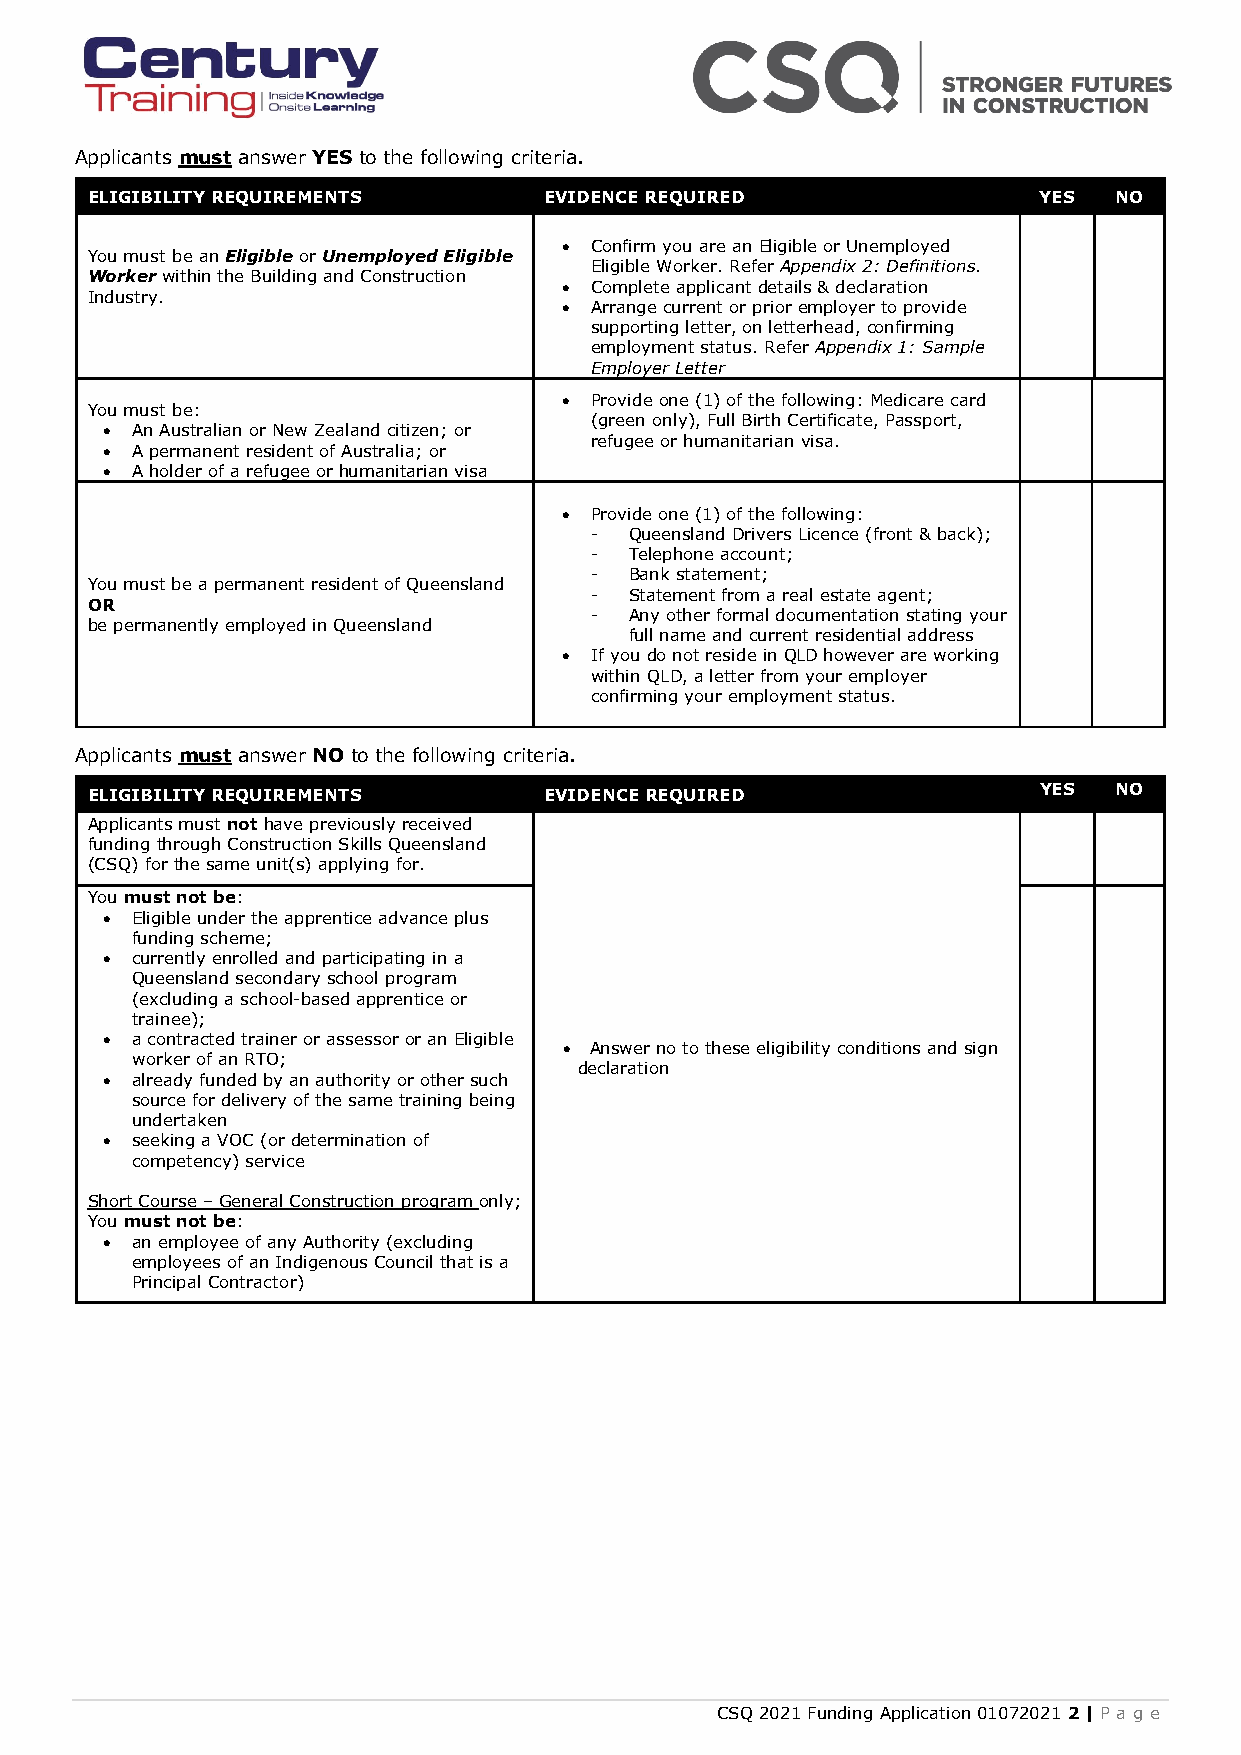
Applicants must answer YES to the following criteria.
 ELIGIBILITY REQUIREMENTS      EVIDENCE REQUIRED                YES  NO
 • Confirm you are an Eligible or Unemployed
 You must be an Eligible or Unemployed Eligible
 Eligible Worker. Refer Appendix 2: Definitions.
 Worker within the Building and Construction
 • Complete applicant details & declaration
 Industry.
 • Arrange current or prior employer to provide
 supporting letter, on letterhead, confirming
 employment status. Refer Appendix 1: Sample
 Employer Letter
 • Provide one (1) of the following: Medicare card
 You must be:
 (green only), Full Birth Certificate, Passport,
 • An Australian or New Zealand citizen; or
 refugee or humanitarian visa.
 • A permanent resident of Australia; or
 • A holder of a refugee or humanitarian visa
 • Provide one (1) of the following:
 -  Queensland Drivers Licence (front & back);
 -  Telephone account;
 -  Bank statement;
 You must be a permanent resident of Queensland
 -  Statement from a real estate agent;
 OR
 -  Any other formal documentation stating your
 be permanently employed in Queensland
 full name and current residential address
 • If you do not reside in QLD however are working
 within QLD, a letter from your employer
 confirming your employment status.
 Applicants must answer NO to the following criteria.
 YES  NO
 ELIGIBILITY REQUIREMENTS      EVIDENCE REQUIRED
 Applicants must not have previously received
 funding through Construction Skills Queensland
 (CSQ) for the same unit(s) applying for.
 You must not be:
 • Eligible under the apprentice advance plus
 funding scheme;
 • currently enrolled and participating in a
 Queensland secondary school program
 (excluding a school-based apprentice or
 trainee);
 • a contracted trainer or assessor or an Eligible
 • Answer no to these eligibility conditions and sign
 worker of an RTO;
 declaration
 • already funded by an authority or other such
 source for delivery of the same training being
 undertaken
 • seeking a VOC (or determination of
 competency) service
 Short Course – General Construction program only;
 You must not be:
 • an employee of any Authority (excluding
 employees of an Indigenous Council that is a
 Principal Contractor)
 CSQ 2021 Funding Application 01072021 2 | P a g e